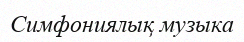
Симфониялық музыка